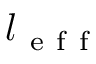
l _ { \mathrm { ~ e ~ f ~ f ~ } }